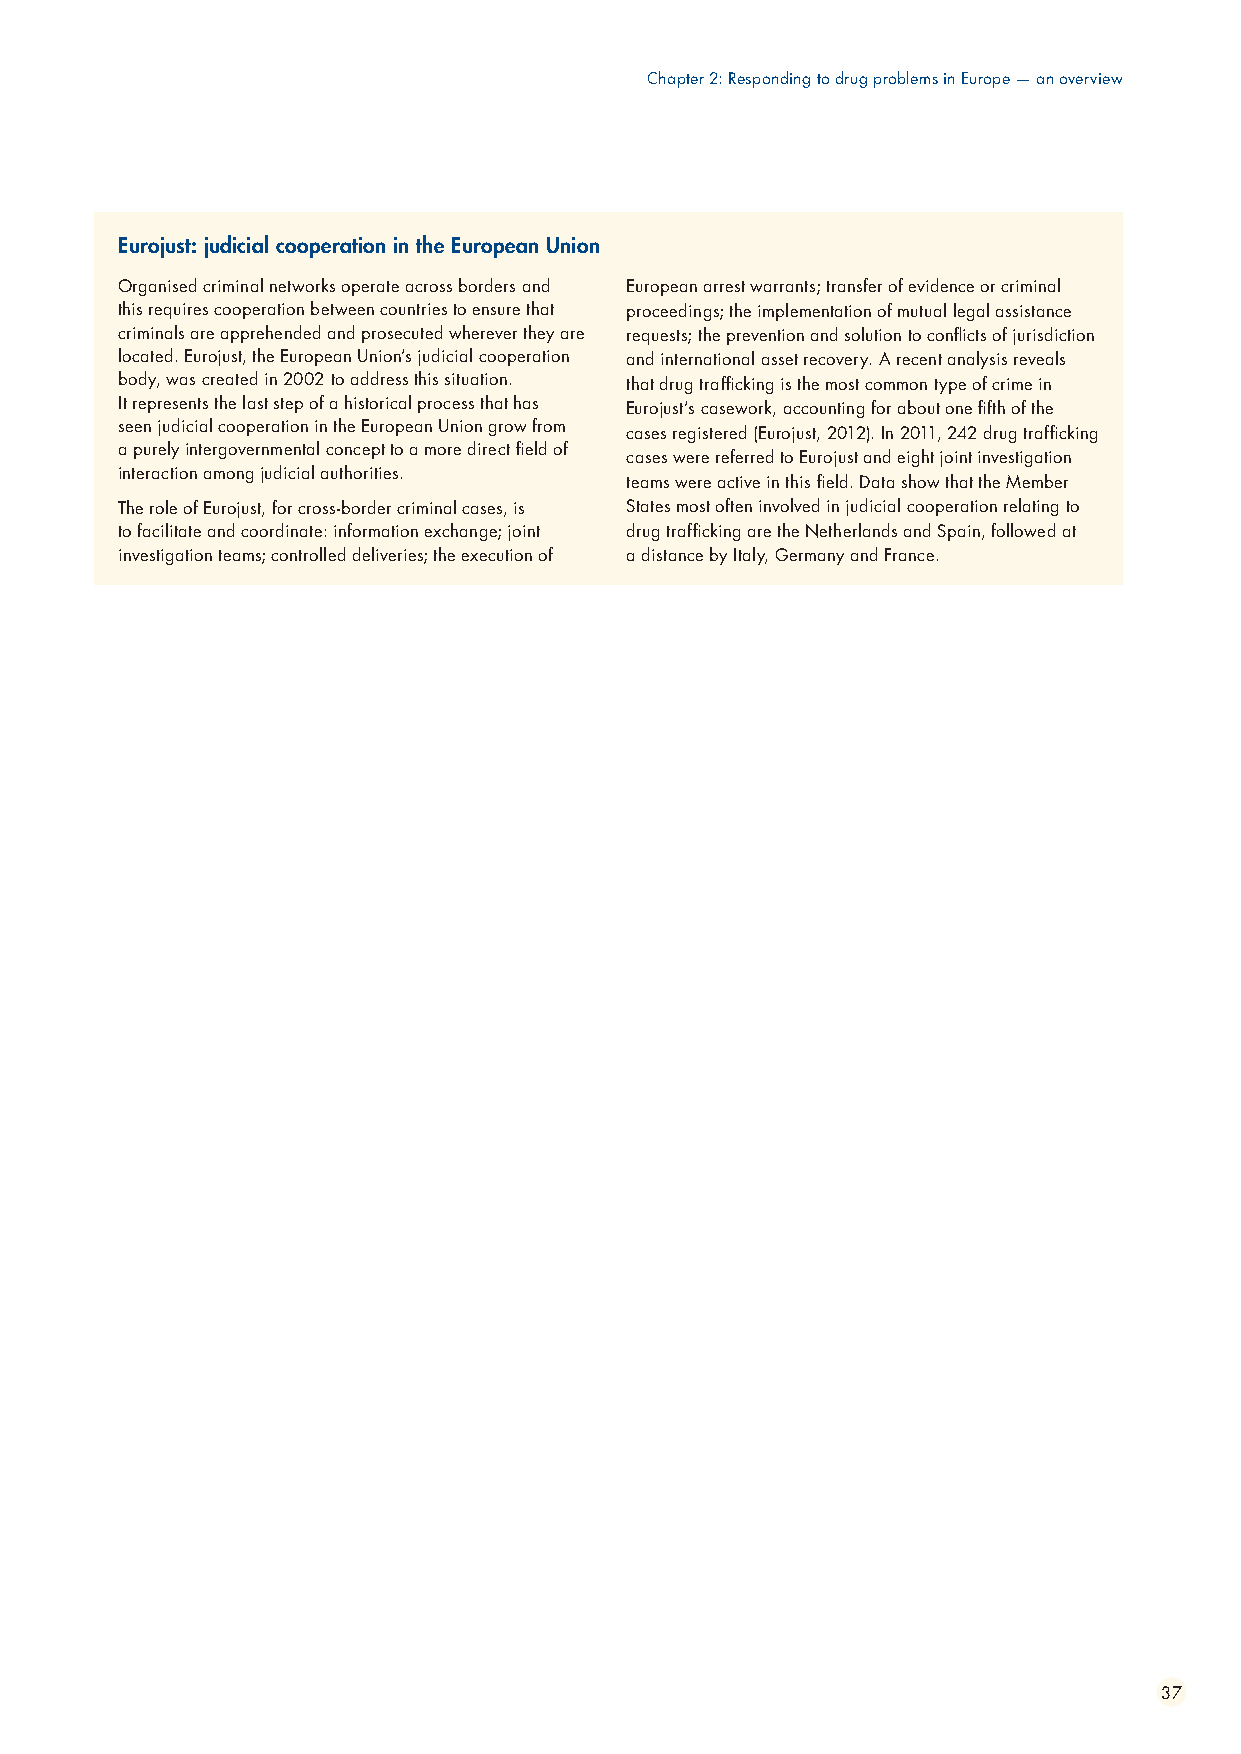
Chapter 2: Responding to drug problems in Europe — an overview
 Eurojust: judicial cooperation in the European Union
 Organised criminal networks operate across borders and European arrest warrants; transfer of evidence or criminal
 this requires cooperation between countries to ensure that proceedings; the implementation of mutual legal assistance
 criminals are apprehended and prosecuted wherever they are requests; the prevention and solution to conflicts of jurisdiction
 located. Eurojust, the European Union’s judicial cooperation and international asset recovery. A recent analysis reveals
 body, was created in 2002 to address this situation. that drug trafficking is the most common type of crime in
 It represents the last step of a historical process that has Eurojust’s casework, accounting for about one fifth of the
 seen judicial cooperation in the European Union grow from
 cases registered (Eurojust, 2012). In 2011, 242 drug trafficking
 a purely intergovernmental concept to a more direct field of
 cases were referred to Eurojust and eight joint investigation
 interaction among judicial authorities.
 teams were active in this field. Data show that the Member
 The role of Eurojust, for cross-border criminal cases, is States most often involved in judicial cooperation relating to
 to facilitate and coordinate: information exchange; joint drug trafficking are the Netherlands and Spain, followed at
 investigation teams; controlled deliveries; the execution of a distance by Italy, Germany and France.
 37